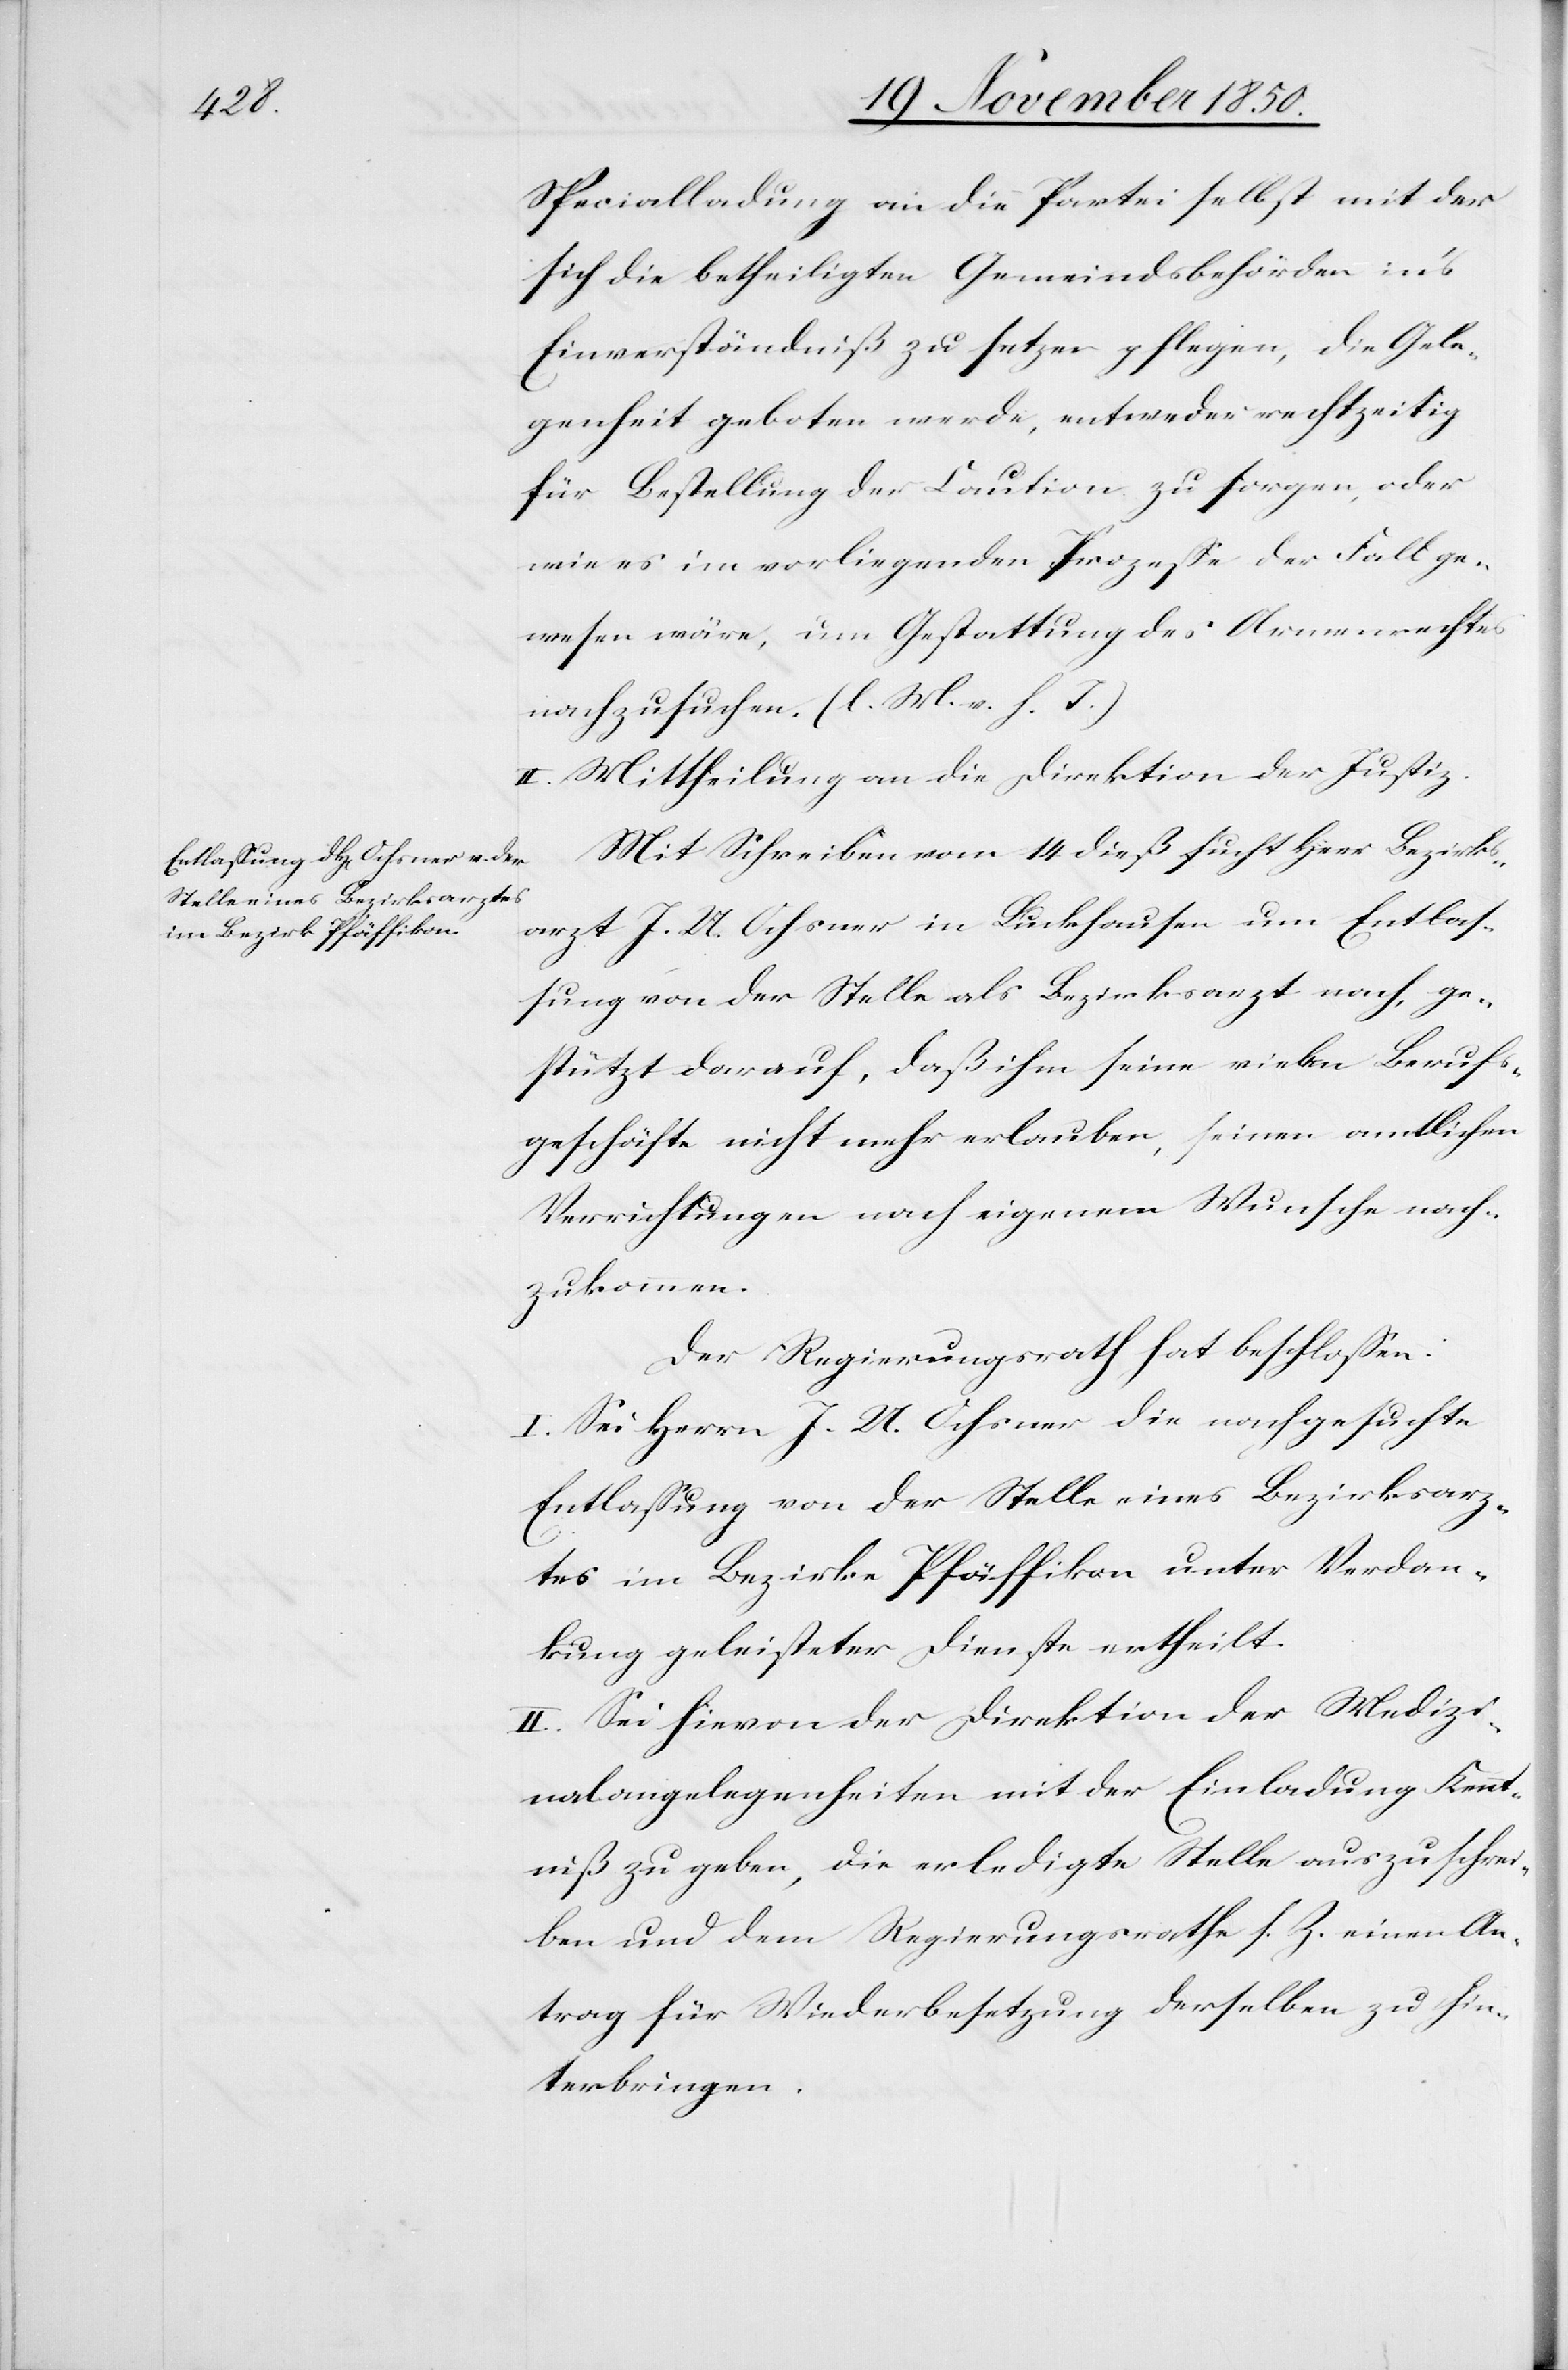
Specialladung an die Partei selbst mit der
sich die betheiligten Gemeindsbehörden in’s
Einverständniß zu setzen pflegen, die Gele¬
genheit geboten werde, entweder rechtzeitig
für Bestellung der Caution zu sorgen, oder
wie es im vorliegenden Prozesse der Fall ge¬
wesen wäre, um Gestattung des Armenrechtes
nachzusuchen. (l. M. v. h. T.)
II. Mittheilung an die Direktion der Justiz.
Mit Schreiben vom 14 dieß sucht Herr Bezirks¬
arzt J. U. Ochsner in Luckhausen um Entlas¬
sung von der Stelle als Bezirksarzt nach, ge¬
stützt darauf, daß ihm seine vielen Berufs¬
geschäfte nicht mehr erlauben, seinen amtlichen
Verrichtungen nach eigenem Wunsch nach¬
zukommen.
Der Regierungsrath hat beschlossen:
I. Sei Herrn J. U. Ochsner die nachgesuchte
Entlassung von der Stelle eines Bezirksarz¬
tes im Bezirke Pfäffikon unter Verdan¬
kung geleisteter Dienste ertheilt.
II. Sei hievon der Direktion der Medizi¬
nalangelegenheiten mit der Einladung Kennt¬
niß zu geben, die erledigte Stelle auszuschrei¬
ben und dem Regierungsrathe s. Z. einen An¬
trag für Wiederbesetzung derselben zu hin¬
terbringen.